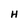
Character: H